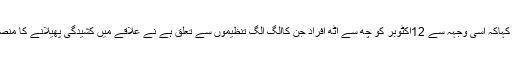
ایس پی نے کہاکہ اسی وجہہ سے 12اکٹوبر کو چھ سے اٹھ افراد جن کاالگ الگ تنظیموں سے تعلق ہے نے علاقے میں کشیدگی پھیلانے کا منصوبہ بنایاگیا۔